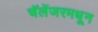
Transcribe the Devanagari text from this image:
चॅलेंजरमधून